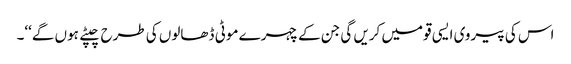
اس کی پیروی ایسی قومیں کریں گی جن کے چہرے موٹی ڈھالوں کی طرح چپٹے ہوں گے‘‘۔